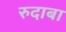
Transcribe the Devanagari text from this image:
रुदाबा